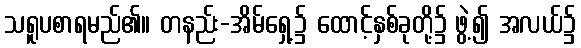
သရူပစာရမည်၏။ တနည်း-အိမ်ရှေ့၌ ထောင့်နှစ်ခုတို့၌ ဖွဲ့၍ အလယ်၌